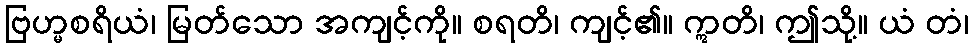
ဗြဟ္မစရိယံ၊ မြတ်သော အကျင့်ကို။ စရတိ၊ ကျင့်၏။ ဣတိ၊ ဤသို့။ ယံ တံ၊